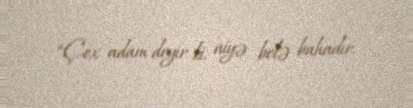
“Çox adam deyir ki, niyə belə bahadır.